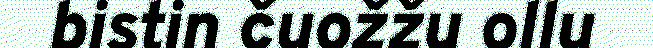
bistin čuožžu ollu